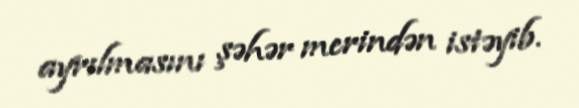
ayrılmasını şəhər merindən istəyib.